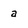
Character: a